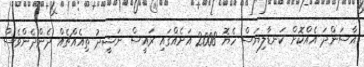
އާސަންދަ އެއްކޮށް ކަނޑާލިޔަސް ހެޔޮ 2008 އަށެއްގައި ރައީސް ނަޝީދު ތިއެއްޗެއް ދެންދެންވެސް